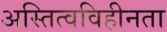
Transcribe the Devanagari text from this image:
अस्तित्वविहीनता